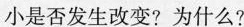
小是否发生改变?为什么?